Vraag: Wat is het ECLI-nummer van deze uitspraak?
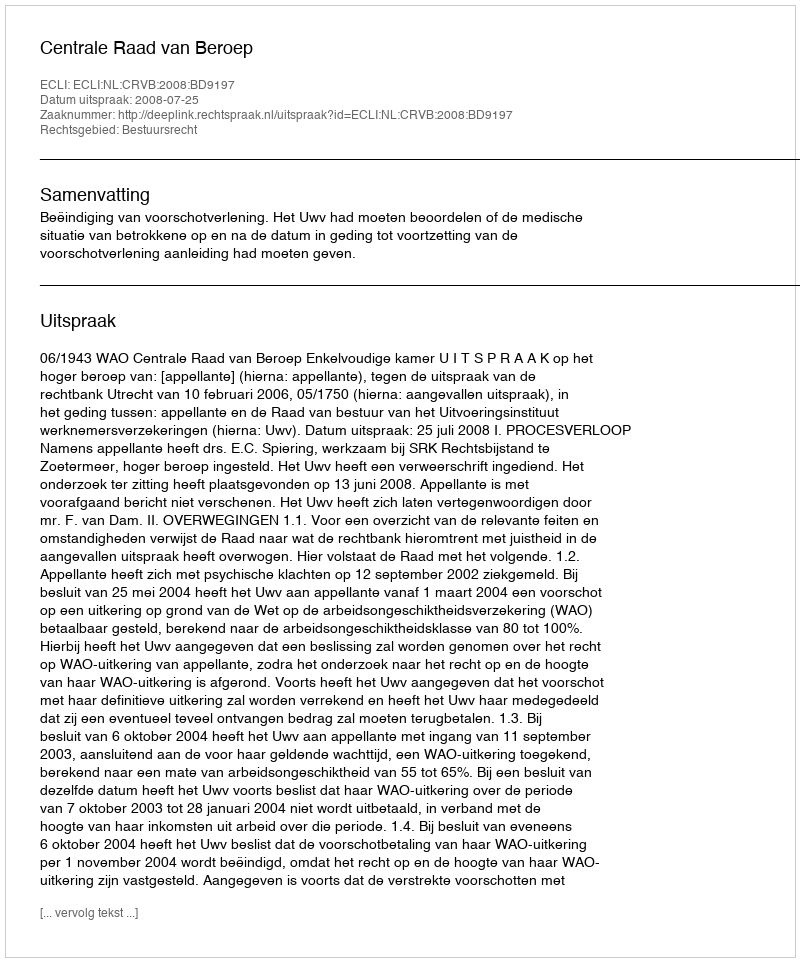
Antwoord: ECLI:NL:CRVB:2008:BD9197